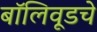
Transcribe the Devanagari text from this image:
बॉलिवूडचे